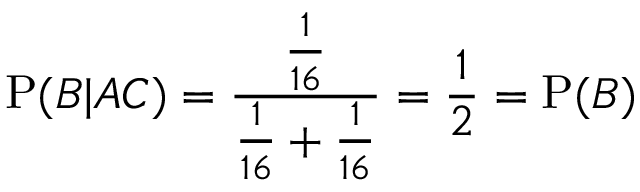
\mathrm { P } ( B | A C ) = { \frac { \frac { 1 } { 1 6 } } { { \frac { 1 } { 1 6 } } + { \frac { 1 } { 1 6 } } } } = { \frac { 1 } { 2 } } = \mathrm { P } ( B )